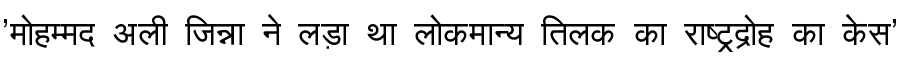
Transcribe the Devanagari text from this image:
'मोहम्मद अली जिन्ना ने लड़ा था लोकमान्य तिलक का राष्ट्रद्रोह का केस'